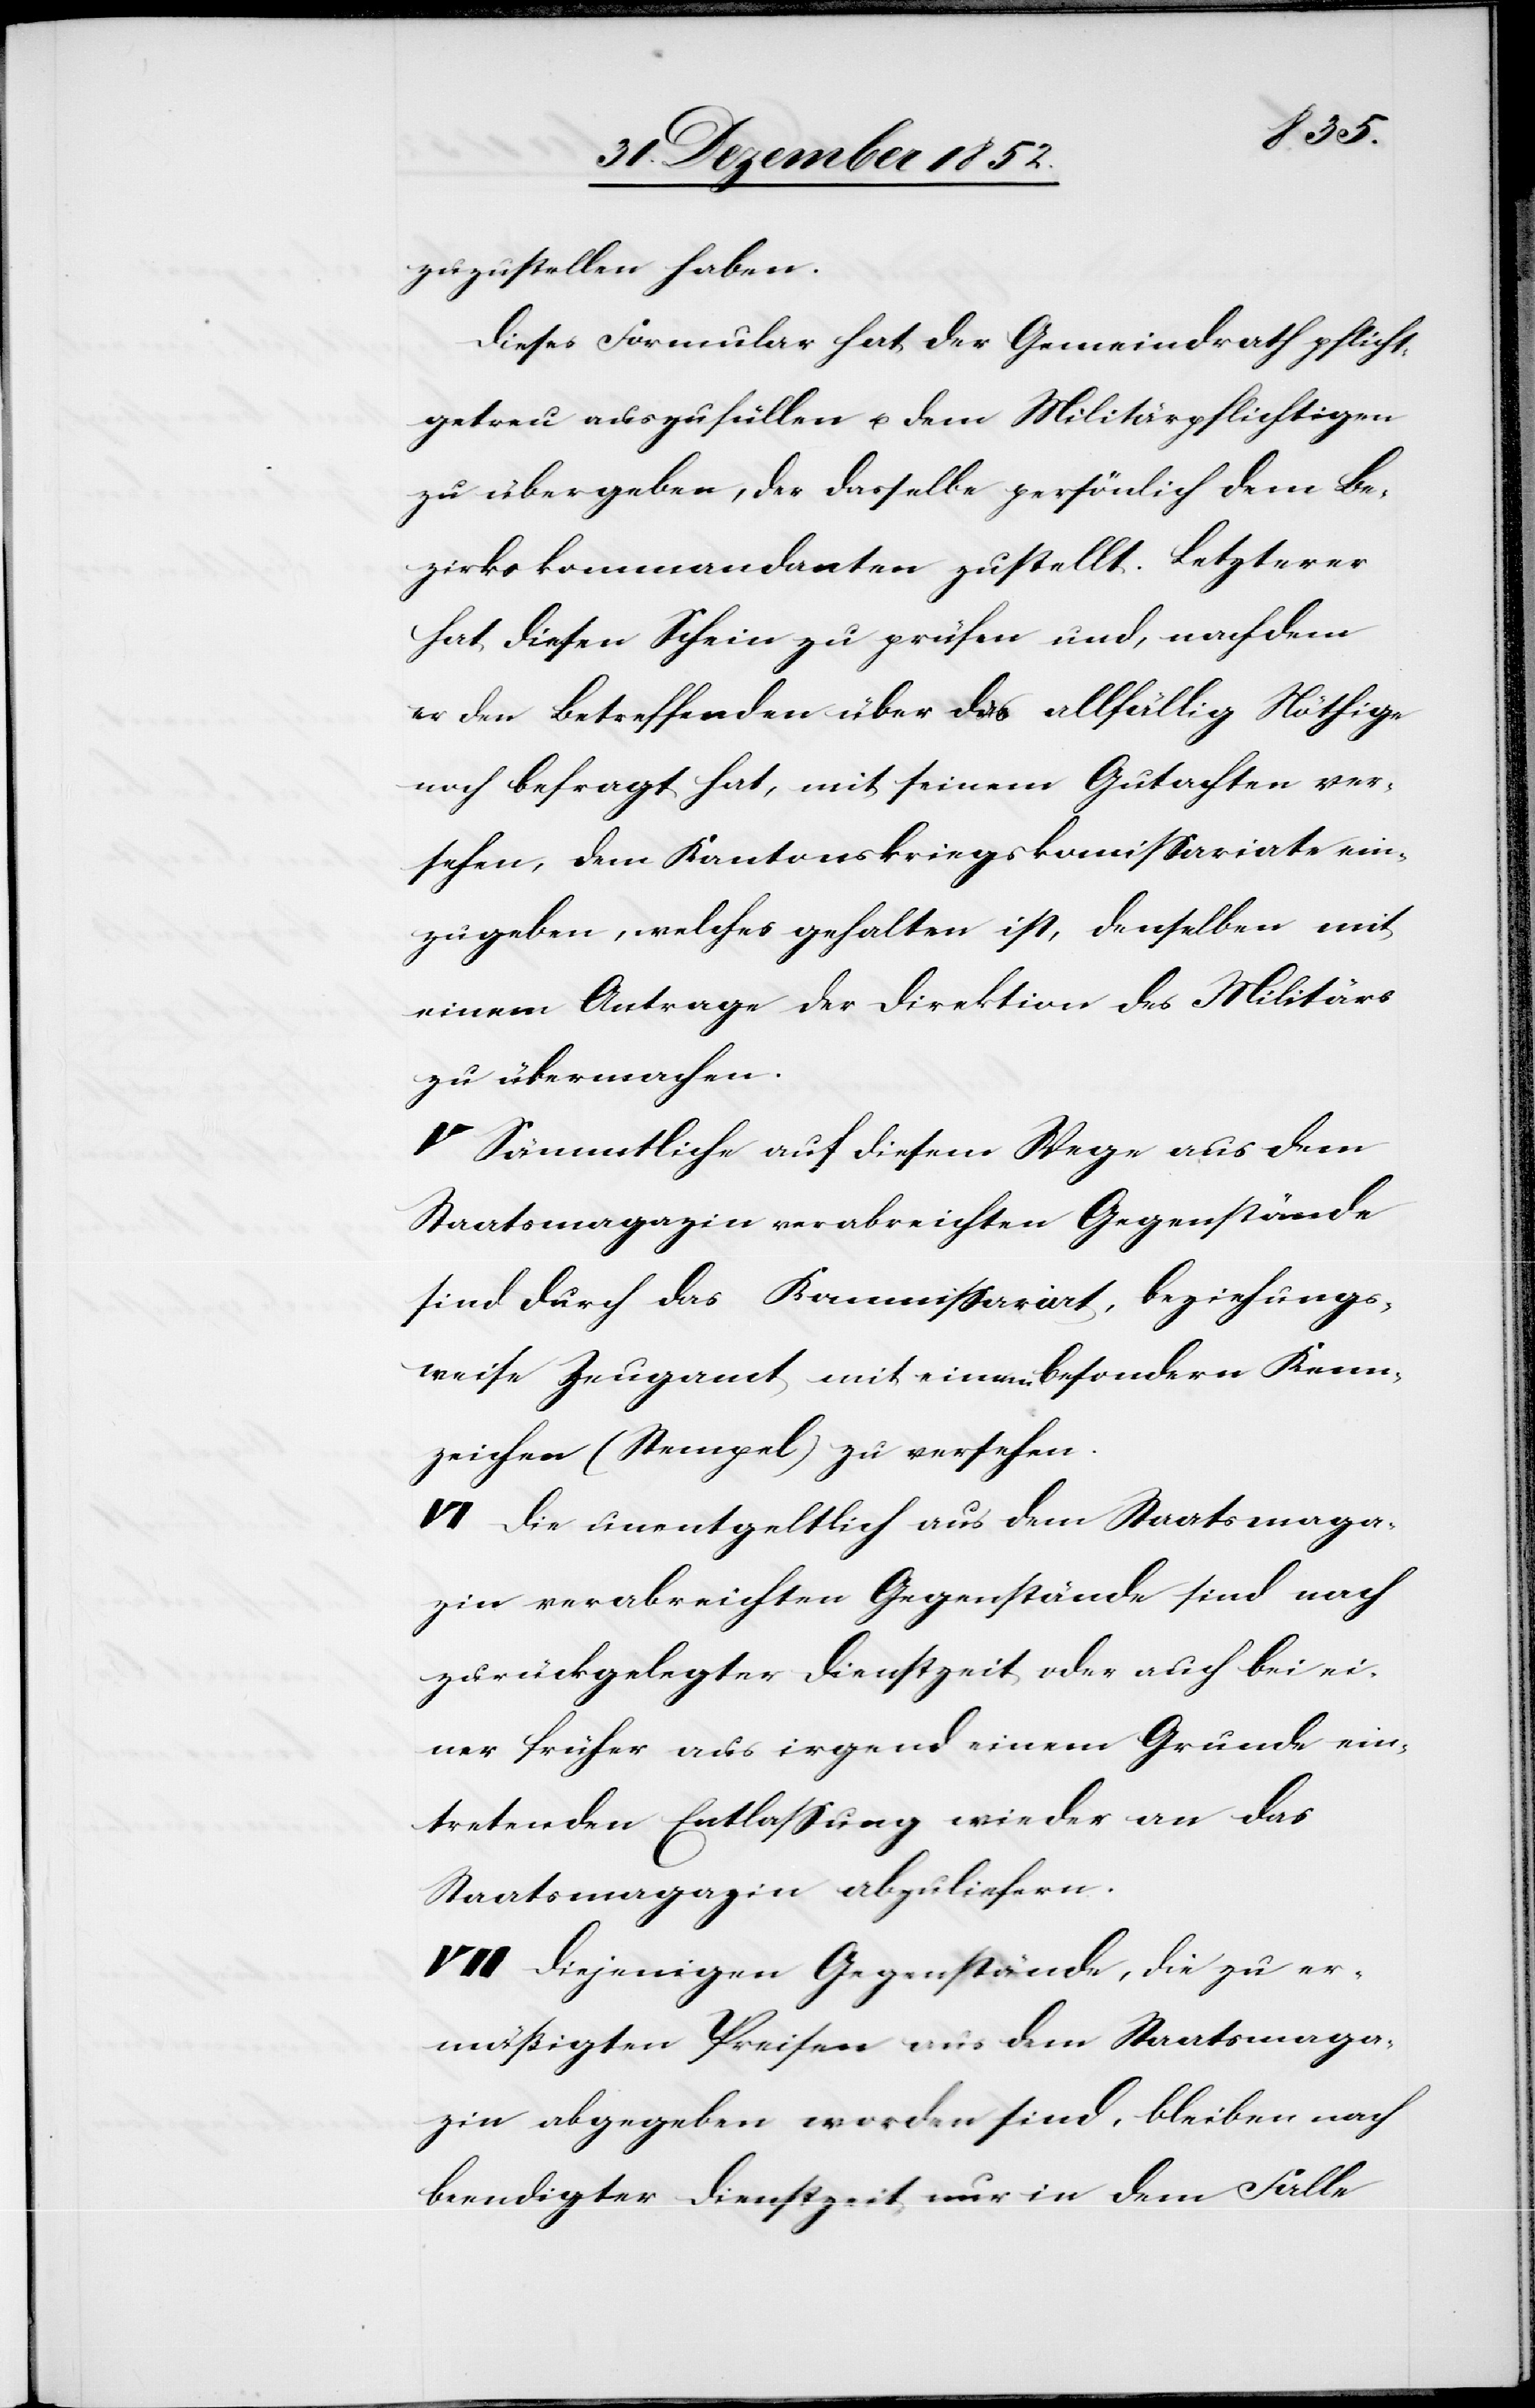
zuzustellen haben.
Dieses Formular hat der Gemeindrath pflicht¬
getreu auszufüllen u. dem Militärpflichtigen
zu übergeben, der dasselbe persönlich dem Be¬
zirkskommandanten zustellt. Letzterer
hat diesen Schein zu prüfen und, nachdem
er den Betreffenden über das allfällig Nöthige
noch befragt hat, mit seinem Gutachten ver¬
sehen, dem Kantonskriegskom[m]issariate ein¬
zugeben, welches gehalten ist, denselben mit
einem Antrage der Direktion des Militärs
zu übermachen.
V Sämmtliche auf diesem Wege aus dem
Staatsmagazin verabreichten Gegenstände
sind durch das Kommissariat, beziehungs¬
weise Zeugamt mit einem besondern Kenn¬
zeichen (Stempel) zu versehen.
VI Die unentgeltlich aus dem Staatsmaga¬
zin verabreichten Gegenstände sind nach
zurückgelegter Dienstzeit oder auch bei ei¬
ner früher aus irgend einem Grunde ein¬
tretenden Entlassung wieder an das
Staatsmagazin abzuliefern.
VII Diejenigen Gegenstände, die zu er¬
mäßigten Preisen aus dem Staatsmaga¬
zin abgegeben worden sind, bleiben nach
beendigter Dienstzeit nur in dem Falle